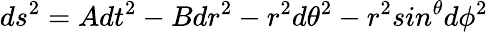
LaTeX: ds^{2}=Adt^{2}-Bdr^{2}-r^{2}d\theta^{2}-r^{2}sin^{\theta}d\phi^{2}